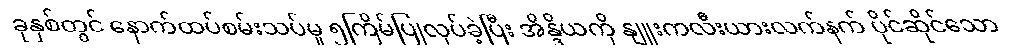
ခုနှစ်တွင် နောက်ထပ်စမ်းသပ်မှု ၅ကြိမ်ပြုလုပ်ခဲ့ပြီး အိန္ဒိယကို နျူးကလီးယားလက်နက် ပိုင်ဆိုင်သော